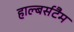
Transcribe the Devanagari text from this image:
हाल्बर्सटैम